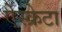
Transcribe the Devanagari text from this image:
ऐस्क्रेटा